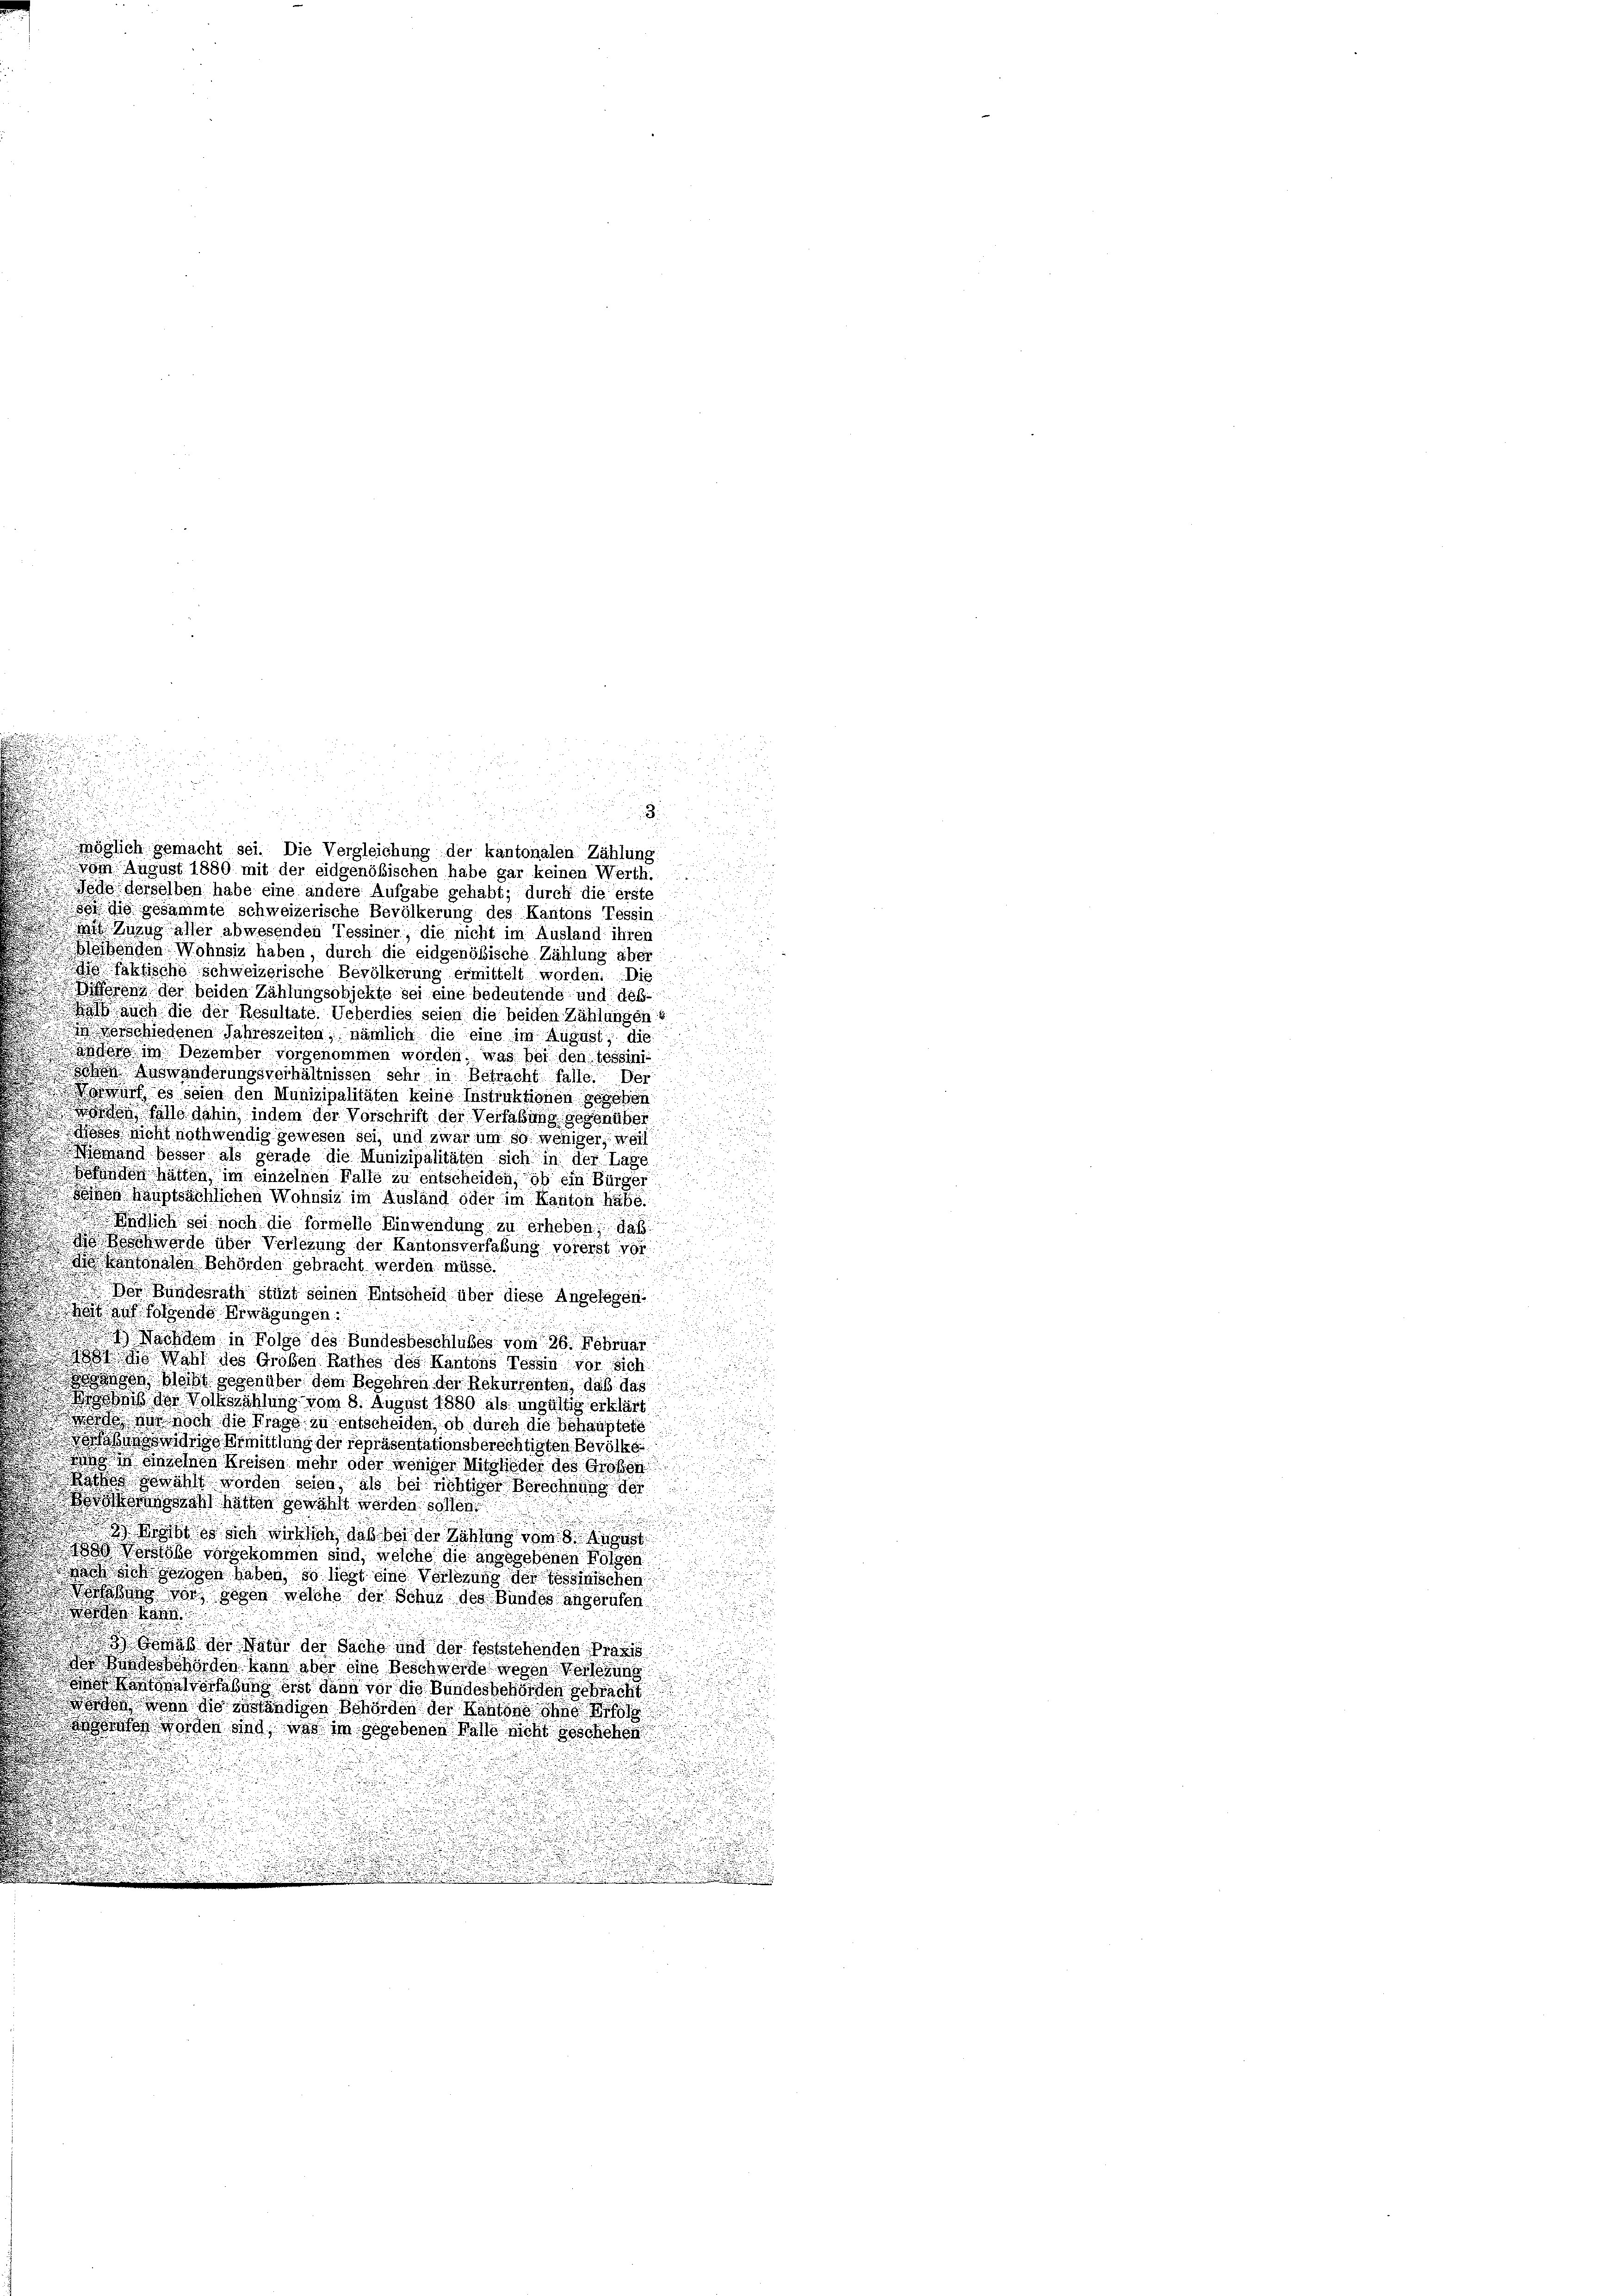
.

3

möglich gemacht sei. Die Vergleichung der kantonalen Zählung
d
 vom August 1889 mit der eidgenößischen habe gar keinen Werth.
Jede derselben habe eine andere Aufgabe gehabt; durch die erste
gig gesammte schweizerische Bevölkerung des Kantons Tessin
Mit Zuzug aher abwesenden Tessiner, die nicht im Ausland ihren
Bleibenden Wohnsiz haben, durch die eidgenößische Zählung aber
isfaktische schweizerische Bevölkerung ermittelt worden. Die
ifferen der beiden Zählungsobjekte sei eine bedeutende und deß¬
u
a auch die der Resultate. Ueberdies seien die beiden Zählungen
 verschiedenen Jahreszeiten, nämlich die eine im August, die
wette der im Dezember vorgenommen worden, was bei den Tessini
ohen Auswänderungsverhältnissen sehr in Betracht falle. Der
wurf es seien den Munizipalitäten keine Instruktionen gegeben
von, falle dahin, indem der Vorschrift der Verfaßung gegenüber
s nicht nothwendig gewesen sei, und zwar um so weniger, weil
.
igand besser als gerade die Munizipalitäten sich in der Lage,
on hätten im einzelnen Falle zu entscheiden, ob ein Bürger

oon hauptsächlichen Wohnsiz im Ausland oder im Kanton habe.
 2
  endlich sei noch die formelle Einwendung zu erheben, daß
.
.
 worde über Verlegung der Kantonsverfaßung vorerst 18
e
e Kantonalen Behörden gebracht werden müsse.
n

 Der Bundesrath stüzt seinen Entscheid über diese Angelegen.
it auf folgende Erwägungen.
.
n
) Nachdem in Folge des Bundesbeschlußes vom 26. Februar
 ihr Wahl des Großen Rathes des Kantons Tessin vor sich
Bungen bleibt gegenüber dem Begehren der Rekurrenten, daß das
sis der Volkszählung vom 8. August 1880 als ungültig erklärt
 nur noch die Frage zu entscheiden, ob durch die behauptete
aben die Ermittlung der repräsentationsberechtigten Bevölke
 Ansehnen Weisen mehr oder wohiger Mitglieder des Großen
 draht worden schon als bei nöhtiger Verschnung der
ooransch hatten gewählt werden sollen.
.
so Was so sich nichisch, daß bei der Zahlung vom 8. August
 Verlobe vorgekommen sind, welche die angegebenen Folgen
ach sich sorosen haben, so liegt eine Verlegung der Tessinischen
orlesung der gegen welche der Schub des Bundes angerufen

aß der der der Sache und der feststehenden Praxis
 das Bundesbehörden kann aber eine Beschwerde wegen Vorlesung
oe Kantonalvorhaben erst dann vor die Bundesbehörden gebracht
 werden wenn die geständigen Behörden der Kantons ohne
önnten worden sind, und im gegebenen Walle nicht geschehen

 d. d.

.